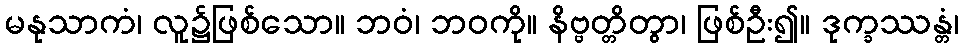
မနုသာကံ၊ လူ၌ဖြစ်သော။ ဘဝံ၊ ဘဝကို။ နိဗ္ဗတ္တိတွာ၊ ဖြစ်ဦး၍။ ဒုက္ခဿန္တံ၊